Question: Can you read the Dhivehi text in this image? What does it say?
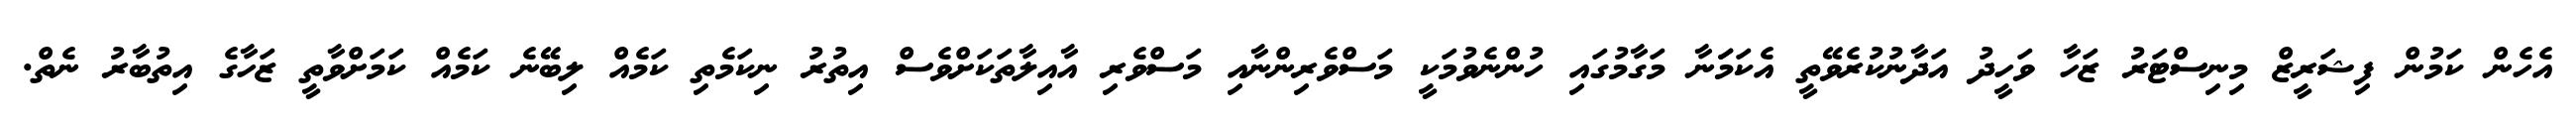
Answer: އެހެން ކަމުން ފިޝަރީޒް މިނިސްޓަރު ޒަހާ ވަހީދު އަދާނުކުރެވޭތީ އެކަމަަނާ މަގާމުގައި ހުންނެވުމަކީ މަސްވެރިންނާއި މަސްވެރި އާއިލާތަކަށްވެސް އިތުރު ނިކަމެތި ކަމެއް ލިބޭނެ ކަމެއް ކަމަށްވާތީ ޒަހާގެ އިތުބާރު ނެތް.